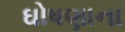
ઘોષણાના